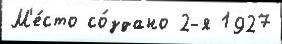
М'е́сто со́здано 2-я 1927